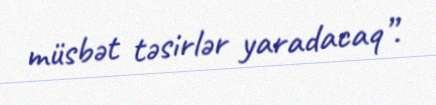
müsbət təsirlər yaradacaq”.